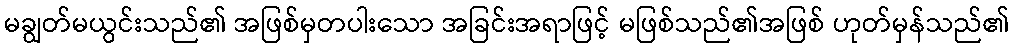
မချွတ်မယွင်းသည်၏ အဖြစ်မှတပါးသော အခြင်းအရာဖြင့် မဖြစ်သည်၏အဖြစ် ဟုတ်မှန်သည်၏